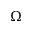
\Omega